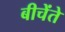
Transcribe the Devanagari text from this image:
बीचेंते